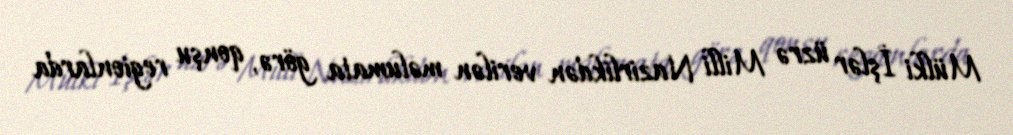
Mülki İşlər üzrə Milli Nazirlikdən verilən məlumata görə, qonşu regionlarda